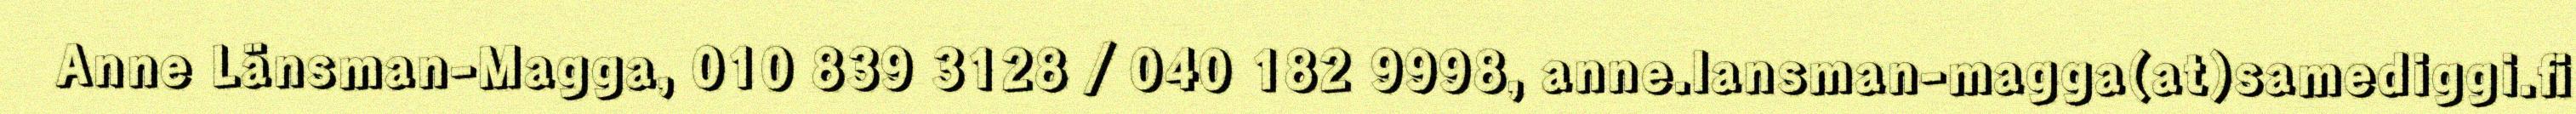
Anne Länsman-Magga, 010 839 3128 / 040 182 9998, anne.lansman-magga(at)samediggi.fi